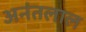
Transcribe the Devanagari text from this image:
अनंतलाल